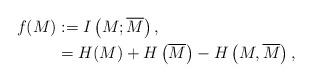
LaTeX: \begin{align*}f(M) &:= I\left(M;\overline{M} \right), \\&= H(M) + H\left(\overline{M}\right) - H\left(M,\overline{M}\right), \end{align*}